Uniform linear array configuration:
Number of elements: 8
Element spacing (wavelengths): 1
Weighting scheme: uniform
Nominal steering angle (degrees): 15
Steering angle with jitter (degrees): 14.858
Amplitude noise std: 0.05
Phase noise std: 0.05

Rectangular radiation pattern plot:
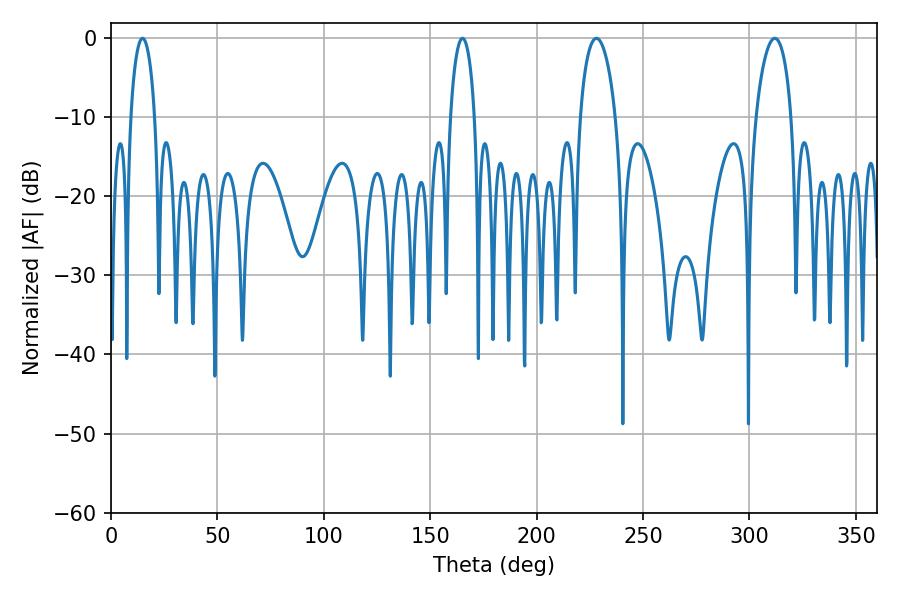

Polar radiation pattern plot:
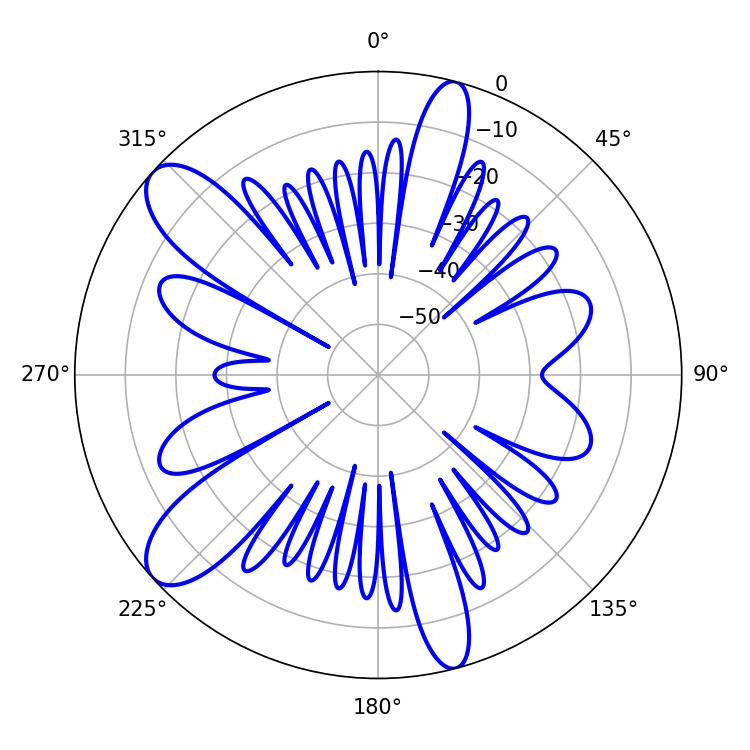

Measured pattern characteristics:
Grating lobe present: TRUE
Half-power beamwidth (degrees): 9.54
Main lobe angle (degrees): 228.06